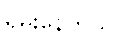
ရမ်းနေတယ်။